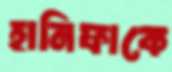
হানিফাকে